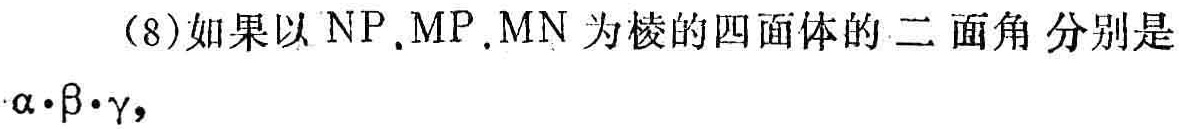
(8)如果以 \(NP,MP,MN\) 为棱的四面体的二面角分别是 \(\alpha,\beta,\gamma\)，